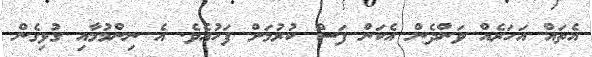
އެތައް އަހަރެއް ވަންދެން އެކަން ފަސް ކުރުމަށް ފަހުއެވެ. އެ ނިންމުމާއި ގުޅިގެން